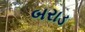
બરાડ